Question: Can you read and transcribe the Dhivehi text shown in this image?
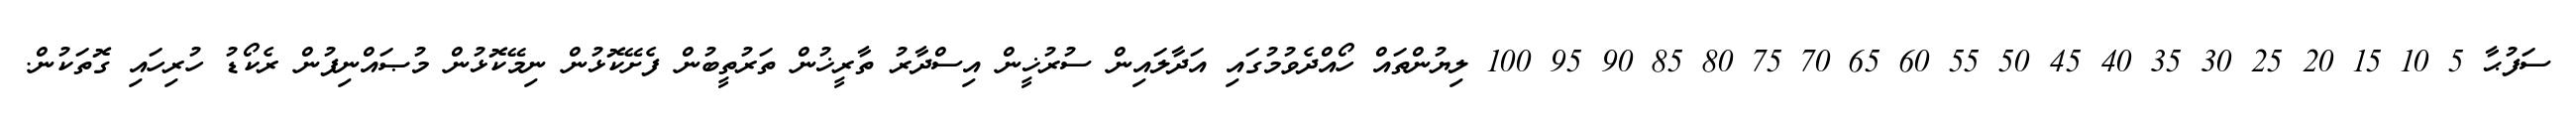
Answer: ސަފުޙާ 5 10 15 20 25 30 35 40 45 50 55 60 65 70 75 80 85 90 95 100 ލިޔުންތައް ހޯއްދެވުމުގައި އަދާލައިން ސުރުޚީން އިސްދާރު ތާރީޚުން ތަރުތީބުން ފެށޭކޮޅުން ނިމޭކޮޅުން މުޞައްނިފުން ރެކޯޑު ހުރިހައި ގޮތަކުން.